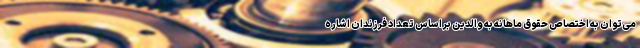
می‌توان به اختصاص حقوق ماهانه به والدین بر اساس تعداد فرزندان اشاره